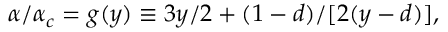
\begin{array} { r } { \alpha / \alpha _ { c } = g ( y ) \equiv 3 y / 2 + ( 1 - d ) / [ 2 ( y - d ) ] , } \end{array}